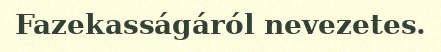
Fazekasságáról nevezetes.